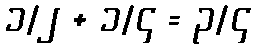
၁/၂ + ၁/၄ = ၃/၄